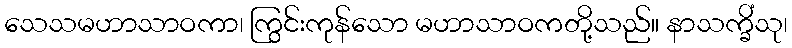
သေသမဟာသာဝကာ၊ ကြွင်းကုန်သော မဟာသာဝကတို့သည်။ နာသက္ခိံသု၊